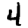
Digit: 4